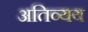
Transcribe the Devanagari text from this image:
अतिव्यय